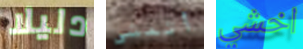
دليلا أتمشى اخشي